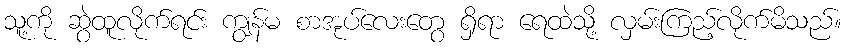
သူ့ကို ဆွဲထူလိုက်ရင်း ကျွန်မ စာအုပ်လေးတွေ ရှိရာ ရေထဲသို့ လှမ်းကြည့်လိုက်မိသည်။